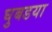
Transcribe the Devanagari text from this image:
घुबडया